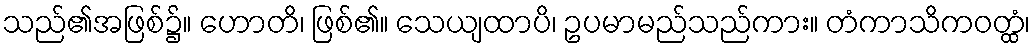
သည်၏အဖြစ်၌။ ဟောတိ၊ ဖြစ်၏။ သေယျထာပိ၊ ဥပမာမည်သည်ကား။ တံကာသိကဝတ္ထံ၊